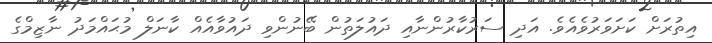
އިތުރަށް ކަށަވަރުވެއެވެ. އަދި ސަރުކާރުންނާއި ދައުލަތުން ބޭނުންވި ދައުވާއެއް ކާނަލް މުޙައްމަދު ނާޒިމްގެ